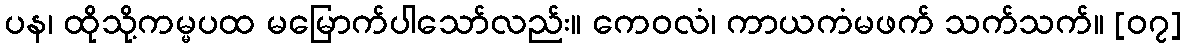
ပန၊ ထိုသို့ကမ္မပထ မမြောက်ပါသော်လည်း။ ကေဝလံ၊ ကာယကံမဖက် သက်သက်။ [၀၇]